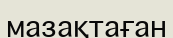
мазақтаған